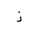
Letter: _zay